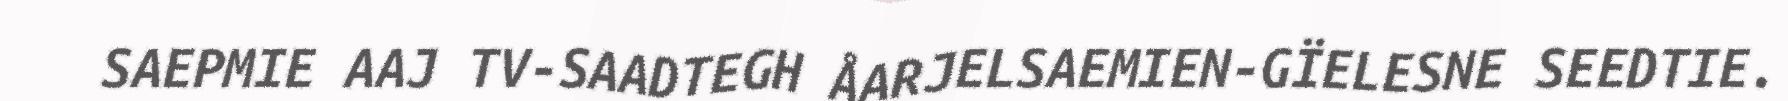
SAEPMIE AAJ TV-SAADTEGH ÅARJELSAEMIEN-GÏELESNE SEEDTIE.